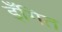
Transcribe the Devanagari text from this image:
इँगित